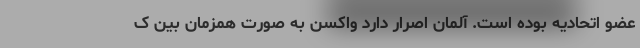
عضو اتحادیه بوده است. آلمان اصرار دارد واکسن به صورت همزمان بین ک